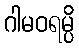
ဂါမဝရမ္ပိ